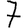
Digit: 7